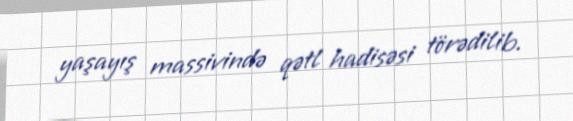
yaşayış massivində qətl hadisəsi törədilib.